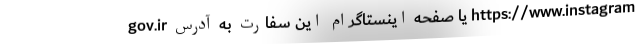
gov.ir یا صفحه اینستاگرام این سفارت به آدرس https://www.instagram